Report on vaccination in the Province of Bengal - 1874-1889
Year: 1874
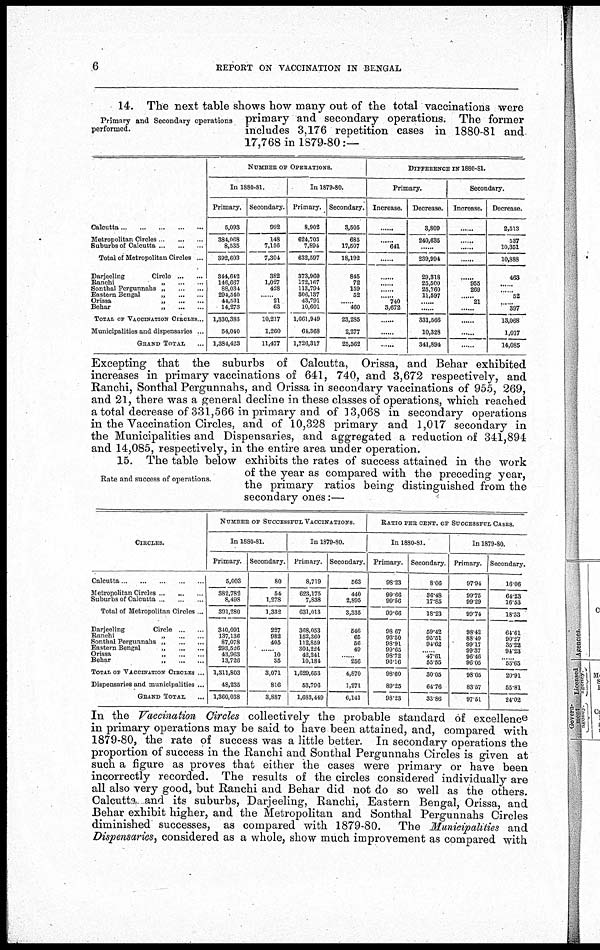
6
REPORT ON VACCINATION IN BENGAL
Primary and Secondary operations
performed.
14. The next table shows how many out of the total vaccinations were
primary and secondary operations. The former
includes 3,176 repetition cases in 1880-81 and
17,768 in 1879-80:—
Calcutta
...
...
...
...
...
Metropolitan Circles ... ... ...
Suburbs of Calcutta ... ... ...
Total of Metropolitan Circles ...
Darjeeling
Circle ... ...
Ranchi „ ... ...
Sonthal Pergunnahs „ ... ...
Eastern Bengal
„
...
...
Orissa
„
...
...
Behar
„
...
...
TOTAL OF VACCINATION CIRCLES ..
Municipalities and dispensaries ...
GRAND TOTAL ...
NUMBER OF OPERATIONS.
In 1880-81.
Primary.
5,093
384,068
8,535
392,603
344,642
146,667
88,034
294,540
44,531
14,273
1,330,383
54,040
1,384,423
Secondary.
992
148
7,156
7,304
382
1,027
428
......
21
63
10,217
1,260
11,477
In 1879-80.
Primary.
8,902
624,703
7,894
632,597
373,960
172,167
113,794
306,137
43,791
10,601
1,661,949
64,368
1,726,317
Secondary.
3,505
685
17,507
18,192
845
72
159
52
......
460
23,285
2,277
25,562
DIFFERENCE IN 1880-81.
Primary.
Increase.
......
......
641
......
......
......
......
......
740
3,672
......
......
......
Decrease.
3,809
240,635
......
239,994
29,318
25,500
25,760
11,597
......
......
331,566
10,328
341,894
Secondary.
Increase.
......
......
......
......
......
955
269
......
21
......
......
......
......
Decrease.
2,513
537
10,351
10,888
463
......
......
52
......
397
13,068
1,017
14,085
Excepting that the suburbs of Calcutta, Orissa, and Behar exhibited
increases in primary vaccinations of 641, 740, and 3,672 respectively, and
Ranchi, Sonthal Pergunnahs, and Orissa in secondary vaccinations of 955, 269,
and 21, there was a general decline in these classes of operations, which reached
a total decrease of 331,566 in primary and of 13,068 in secondary operations
in the Vaccination Circles, and of 10,328 primary and 1,017 secondary in
the Municipalities and Dispensaries, and aggregated a reduction of 341,894
and 14,085, respectively, in the entire area under operation.
Rate and success of operations.
15. The table below exhibits the rates of success attained in the work
of the year as compared with the preceding year,
the primary ratios being distinguished from the
secondary ones:—
CIRCLES.
Calcutta
...
...
...
...
...
Metropolitan Circles ... ... ...
Suburbs of Calcutta ... ... ...
Total of Metropolitan Circles ...
Darjeeling
Circle ... ...
Ranchi
„
...
...
Sonthal Pergunnahs „
...
...
Eastern Bengal
„
...
...
Orissa „ ... ...
Behar
„
...
...
TOTAL OF VACCINATION CIRCLES ..
Dispensaries and municipalities ...
GRAND TOTAL ...
NUMBER OF SUCCESSFUL VACCINATIONS.
In 1880-81.
Primary.
5,003
382,782
8,498
391,280
340,091
137,136
87,078
293,526
43,963
13,726
1,311,803
48,235
1,360,038
Secondary.
80
54
1,278
1,332
227
982
405
10
35
3,071
816
3,887
In 1879-80.
Primary.
8,719
623,175
7,838
631,013
368,053 152,360 112,859 304,224 42,241 10,184
1,629,653
53,796
1,683,449
Secondary.
563
440
2,895
3,335
546
65
56
49
...... 256
4,870
1,271
6,141
RATIO PER CENT. OF SUCCESSFUL CASES.
In 1880-81.
Primary.
98.23
99.66
99.56
99.66
98.67
93.50
98.91
99.65
98.72
96.16
98.60
89.25
98.23
Secondary.
8.06
36.48
17.85
18.23
59.42
95.51
94.62
......
47.61
55.55
30.05
64.76
33.86
In 1879-80.
Primary.
97.94
99.75
99.29
99.74
98.42
88.49
99.17
99.37
96.46
96.05
98.05
83.57
97.51
Secondary.
16.06
64.23
16.53
18.33
64.61
90.27
35.22
94.23
......
55.65
20.91
55.81
24.02
In the Vaccination Circles collectively the probable standard of excellence
in primary operations may be said to have been attained, and, compared with
1879-80, the rate of success was a little better. In secondary operations the
proportion of success in the Ranchi and Sonthal Pergunnahs Circles is given at
such a figure as proves that either the cases were primary or have been
incorrectly recorded. The results of the circles considered individually are
all also very good, but Ranchi and Behar did not do so well as the others.
Calcutta, and its suburbs, Darjeeling, Ranchi, Eastern Bengal, Orissa, and
Behar exhibit higher, and the Metropolitan and Sonthal Pergunnahs Circles
diminished successes, as compared with 1879-80. The Municipalities and
Dispensaries, considered as a whole, show much improvement as compared with